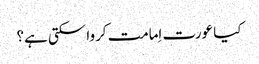
کیا عورت اِمامت کروا سکتی ہے؟